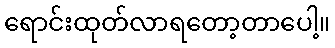
ရောင်းထုတ်လာရတော့တာပေါ့။